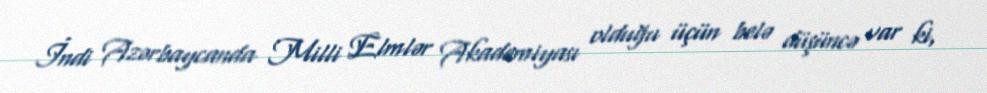
İndi Azərbaycanda Milli Elmlər Akademiyası olduğu üçün belə düşüncə var ki,